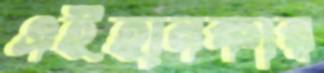
এইহানকার